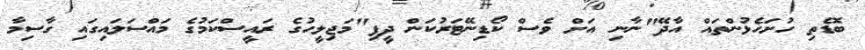
ބޮޑެތި ހުށަހެޅުންތައް އާދޭ"ނާނި އަށް ވެސް ކޯޑިނޭޓަރުކަން ދީފި"މަޖިލީހުގެ ރައީސްކަމުގެ މައްސަލައިގައި ގާސިމާ